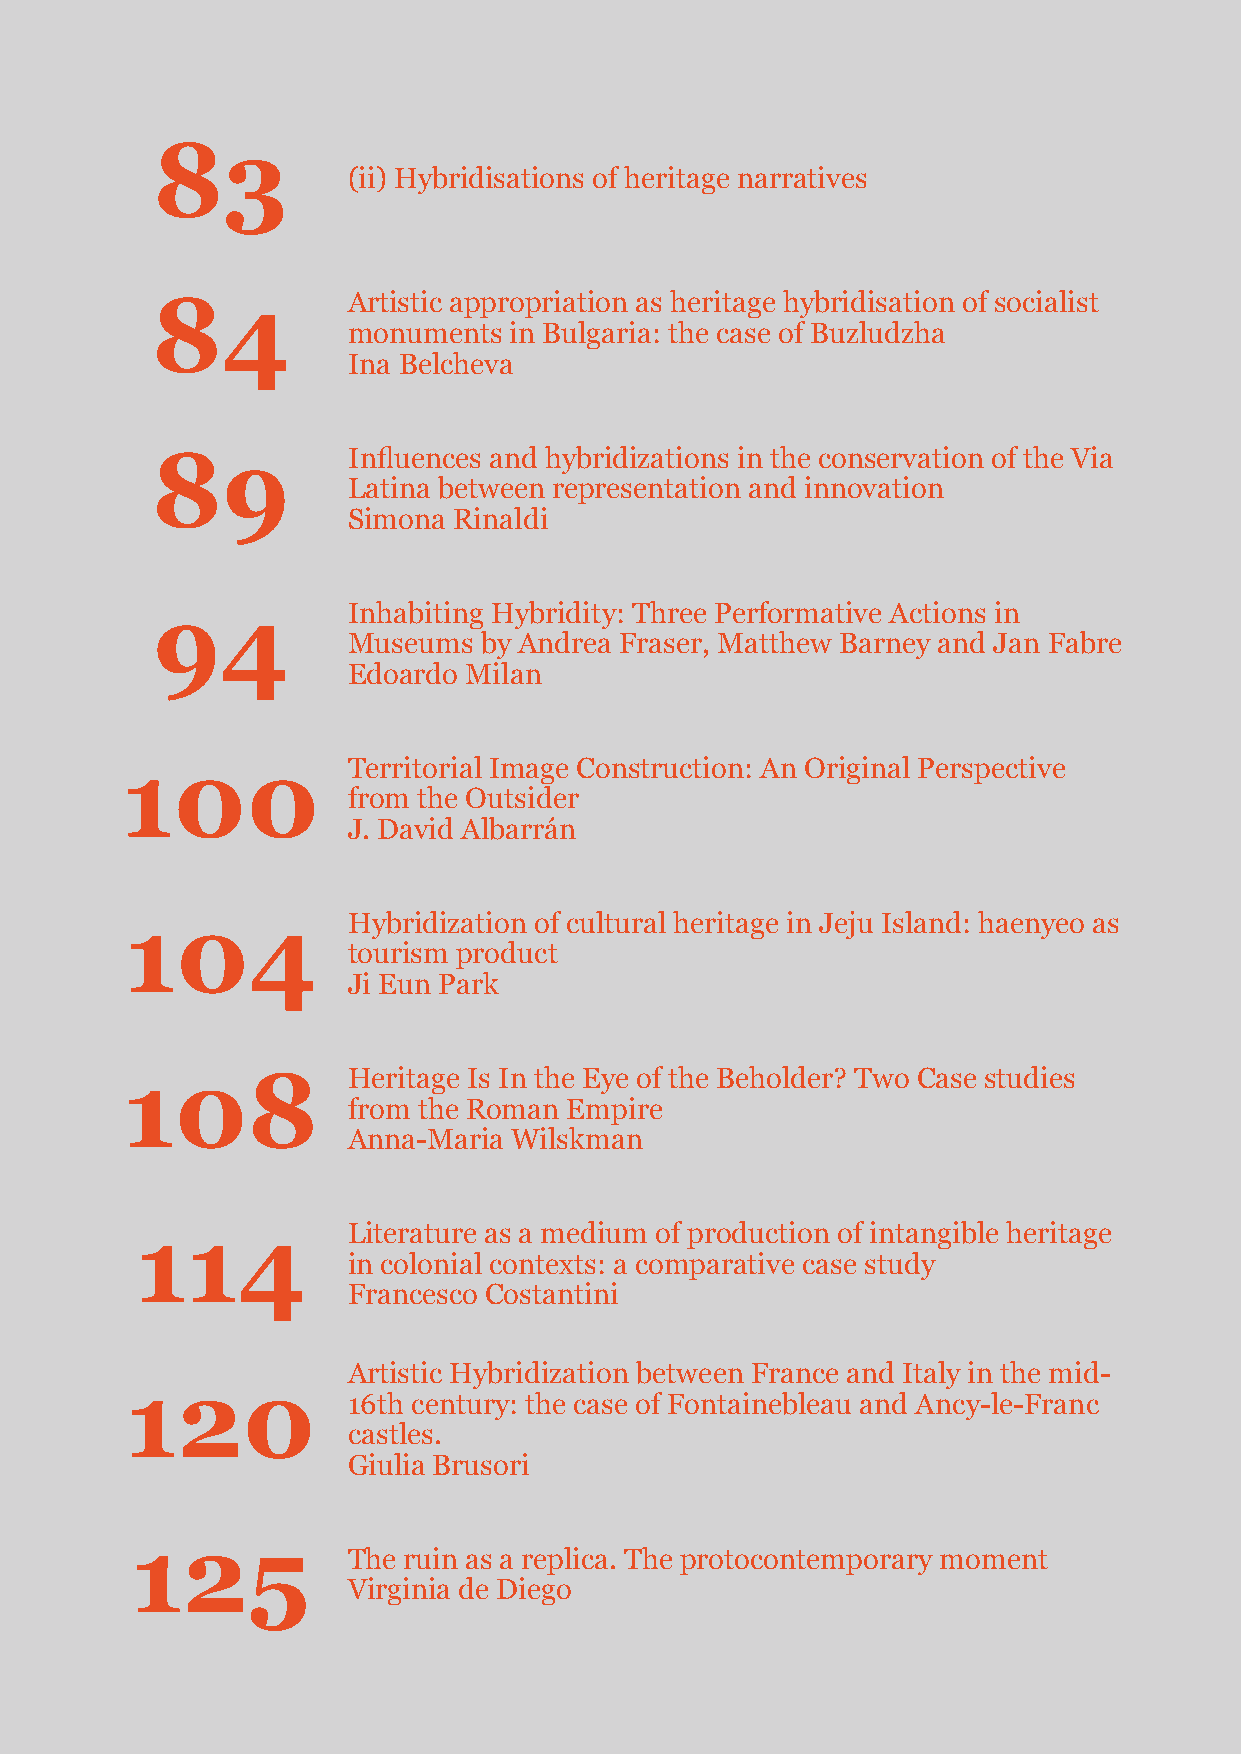
83
 (ii) Hybridisations of heritage narratives
 Artistic appropriation as heritage hybridisation of socialist
 84
 monuments  in Bulgaria: the case of Buzludzha
 Ina Belcheva
 Influences and hybridizations in the conservation of the Via
 89
 Latina between representation and innovation
 Simona Rinaldi
 Inhabiting Hybridity: Three Performative Actions in
 94
 Museums  by Andrea Fraser, Matthew Barney and Jan Fabre
 Edoardo Milan
 Territorial Image Construction: An Original Perspective
 100
 from the Outsider
 J. David Albarrán
 Hybridization of cultural heritage in Jeju Island: haenyeo as
 104
 tourism product
 Ji Eun Park
 Heritage Is In the Eye of the Beholder? Two Case studies
 108
 from the Roman Empire
 Anna-Maria Wilskman
 Literature as a medium of production of intangible heritage
 114
 in colonial contexts: a comparative case study
 Francesco Costantini
 Artistic Hybridization between France and Italy in the mid-
 120
 16th century: the case of Fontainebleau and Ancy-le-Franc
 castles.
 Giulia Brusori
 125
 The ruin as a replica. The protocontemporary moment
 Virginia de Diego